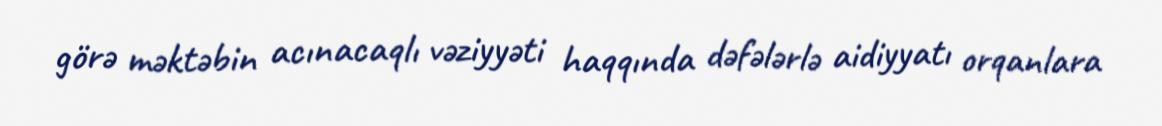
görə məktəbin acınacaqlı vəziyyəti haqqında dəfələrlə aidiyyatı orqanlara